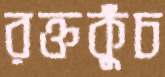
রক্তকুঁচ